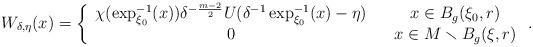
LaTeX: \begin{align*}W_{\delta,\eta} (x)=\left\{ \begin{array}{ccc}\chi(\exp_{\xi_{0}}^{-1}(x))\delta^{-\frac{m-2}{2}}U(\delta^{-1}\exp_{\xi_{0}}^{-1}(x)-\eta) & & x\in B_{g}(\xi_{0},r)\\0 & & x\in M\smallsetminus B_{g}(\xi,r)\end{array}\right..\end{align*}